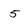
Character: 5